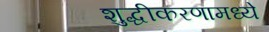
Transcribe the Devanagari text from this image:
शुद्धीकरणामध्ये